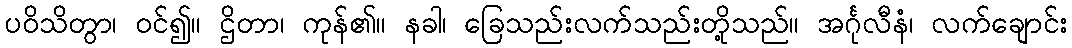
ပဝိသိတွာ၊ ဝင်၍။ ဌိတာ၊ ကုန်၏။ နခါ၊ ခြေသည်းလက်သည်းတို့သည်။ အင်္ဂုလီနံ၊ လက်ချောင်း